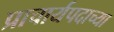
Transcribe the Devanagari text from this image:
प्राचार्यपदाच्या